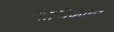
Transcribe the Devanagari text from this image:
माणिक्याल